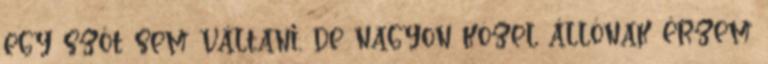
egy szót sem váltani, de nagyon közel állónak érzem